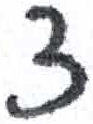
אות: צ